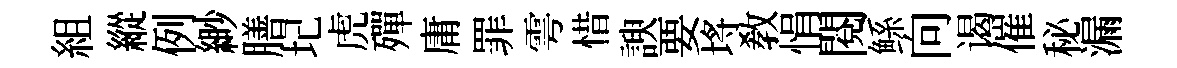
組縱例緲膳圮虎殫庸罪雩惜諛要埓教悁閱鲧向谒催秘漏